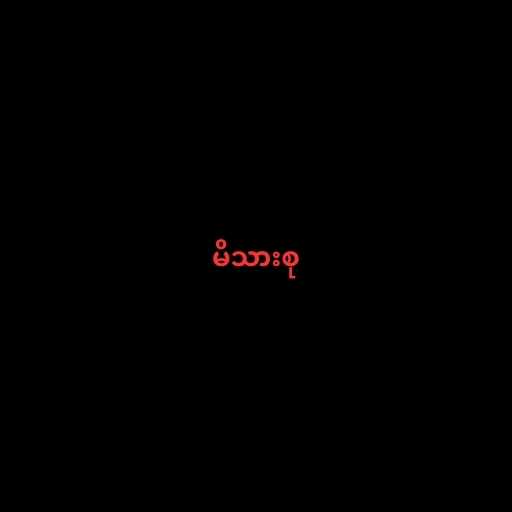
မိသားစု